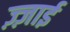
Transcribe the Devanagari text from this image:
ज़्ज़ाई